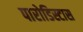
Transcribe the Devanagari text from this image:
पारोडिस्टास